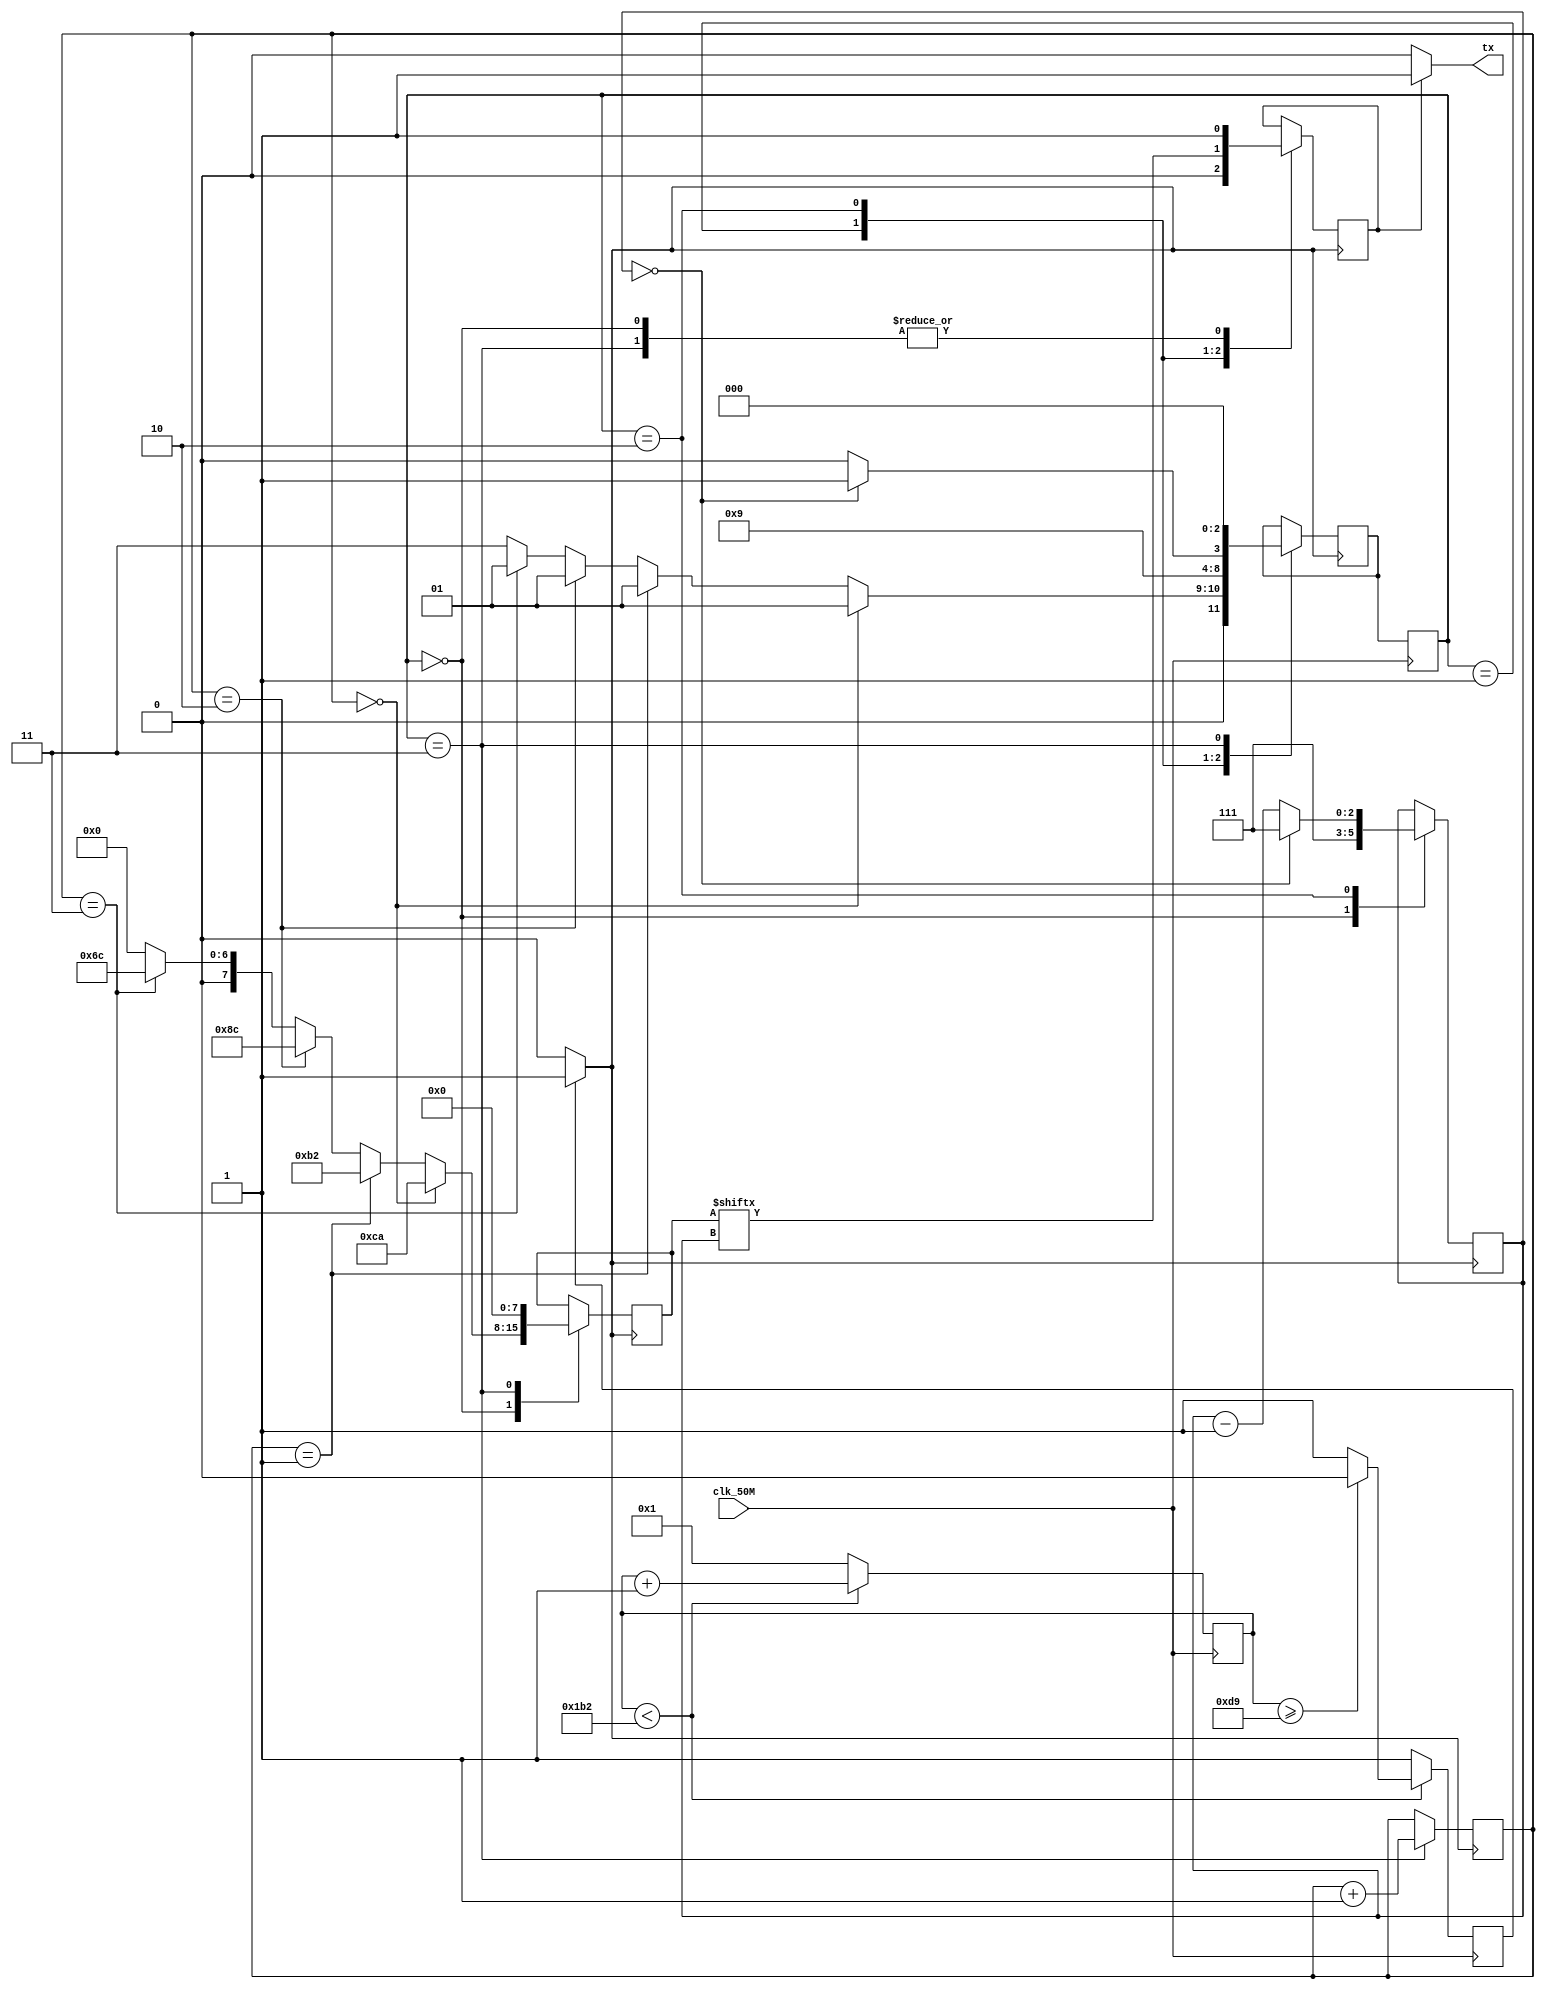
// SM : Task 2 B : UART
/*
Instructions
-------------------
Students are not allowed to make any changes in the Module declaration.
This file is used to design UART Transmitter.

Recommended Quartus Version : 19.1
The submitted project file must be 19.1 compatible as the evaluation will be  on Quartus Prime Lite 19.1.

Warning: The error due to compatibility will not be entertained.
-------------------
*/

//UART Transmitter design
//Input   : clk_50M : 50 MHz clock
//Output  : tx : UART transmit output

//////////////////DO NOT MAKE ANY CHANGES IN MODULE//////////////////
module uart(
	input clk_50M,	//50 MHz clock
	output tx		//UART transmit output
);
////////////////////////WRITE YOUR CODE FROM HERE////////////////////

reg [8:0] counter = 9'b0;
reg S;
wire clk_out;

reg [2:0] cur_state, next_state;
reg [7:0] data;
reg [2:0] data_counter = 3'b0;
reg [4:0] bit_counter = 5'b0;

reg [7:0] ASCII_S = 8'b11001010;
reg [7:0] ASCII_M = 8'b10110010;
reg [7:0] ASCII_1 = 8'b10001100;
reg [7:0] ASCII_6 = 8'b01101100;

reg tx_out;

parameter IDLE = 0; 
parameter START_BIT = 1;
parameter DATA_BITS = 2;
parameter STOP_BIT = 3;

always @ (posedge clk_50M)					
	begin
		if(counter < 434 )
			begin
				if(counter >= 217)
					begin
					counter = counter + 1'b1;
					S = 0;
					end
				else
					begin
					counter = counter + 1'b1;
					S = 1;
					end
			end	
		else
			begin
			counter = 1'b1;
			S = 1;
			end
		begin
		cur_state <= next_state;
		end
	end
	
assign clk_out = (S==1) ? 1'b1:1'b0;

initial 
	begin 
	cur_state = IDLE;
	next_state = 0;
	end

always @(posedge clk_out)
	begin
		case (cur_state)
					 
	IDLE : 
			begin
			tx_out = 1'b1;
			data = 8'b0;
			data_counter <= 3'b111;
				
				if (bit_counter == 0) 
					begin 
					data = ASCII_S; 
					next_state = START_BIT;
					end
					
				else if (bit_counter == 1) 
					begin
					data = ASCII_M;
					next_state = START_BIT;
					end
					
				else if (bit_counter == 2) 
					begin
					data = ASCII_1;
					next_state = START_BIT;
					end
					
				else if (bit_counter == 3) 
					begin
					data = ASCII_6;
					next_state = START_BIT;
					end
					
				else 
					begin  
				next_state = STOP_BIT;
					end
			end
      
   START_BIT : 
			begin 
			tx_out = 1'b0;
			next_state = DATA_BITS;
			end 
	
	DATA_BITS : 
			begin
			tx_out = (data[data_counter]);
			
			if (data_counter == 0) 
				begin
				data_counter <= 3'b111;
				next_state = STOP_BIT;
				end
			else
				begin
				data_counter <= data_counter - 3'b001;
				next_state = DATA_BITS;
				end
			end

	STOP_BIT : 
			begin
			tx_out = 1'b1;
			data = 8'b0;
			bit_counter <= bit_counter + 5'b0001;
			next_state = IDLE;
			end

		endcase
	end

assign tx = tx_out ? 1'b1:1'b0;

////////////////////////YOUR CODE ENDS HERE//////////////////////////
endmodule
///////////////////////////////MODULE ENDS///////////////////////////